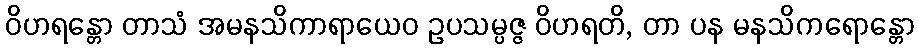
ဝိဟရန္တော တာသံ အမနသိကာရာယေဝ ဥပသမ္ပဇ္ဇ ဝိဟရတိ, တာ ပန မနသိကရောန္တော